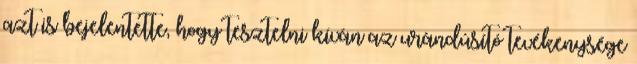
azt is bejelentette, hogy tesztelni kíván az urándúsító tevékenysége